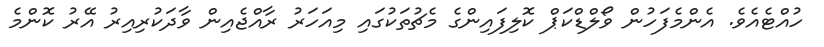
ހުއްޓެއެވެ. އެންމެފަހުން ވޯލްޑްކަޕް ކޮލިފައިންގެ މެޗުތަކުގައި މިއަހަރު ރާއްޖެއިން ވާދަކުރިއިރު އޭރު ކޮންމެ